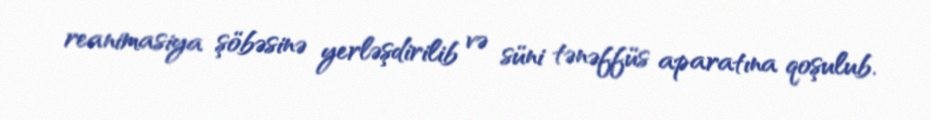
reanimasiya şöbəsinə yerləşdirilib və süni tənəffüs aparatına qoşulub.